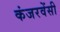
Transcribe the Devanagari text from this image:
कंजरवेंसी